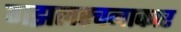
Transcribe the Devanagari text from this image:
गझलरचनाकार